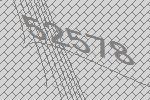
52578